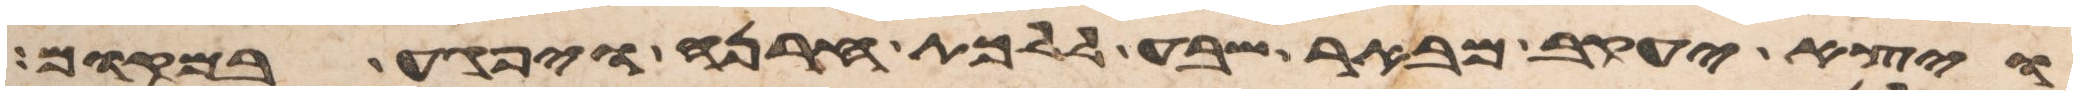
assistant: ויצא יעקב מבאר שבע ללכת חרנה ויפגע במקום